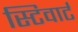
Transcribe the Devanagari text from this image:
स्टिवार्ट